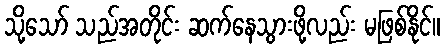
သို့သော် သည်အတိုင်း ဆက်နေသွားဖို့လည်း မဖြစ်နိုင်။